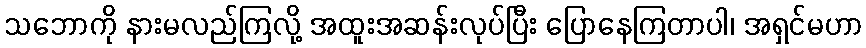
သဘောကို နားမလည်ကြလို့ အထူးအဆန်းလုပ်ပြီး ပြောနေကြတာပါ၊ အရှင်မဟာ